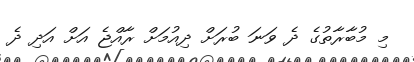
މި މުބާރާތުގެ ދެ ވަނަ ބުރަށް ދިއުމަށް ރާއްޖެ އަށް އަދި ދެ